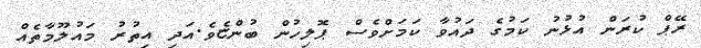
ރޭޕް ކުރަން އުޅުނު ކަމުގެ ދައުވާ ކަމަށްވެސް ޕޮލިހުން ބުންޏެވެ.އަދި އިތުރު މައުލޫމާތެއް